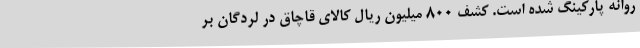
روانه پارکینگ شده است. کشف 800 میلیون ریال کالای قاچاق در لردگان بر